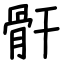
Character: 骭